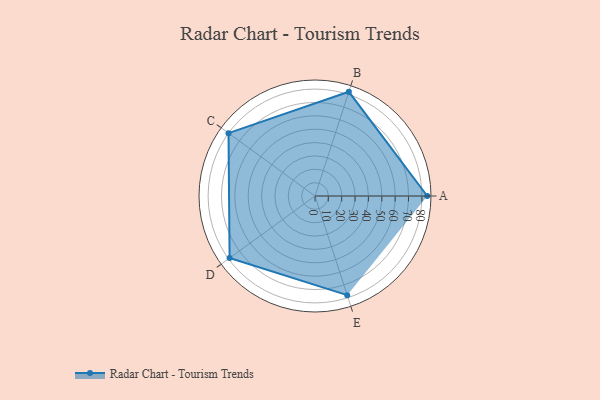
{"axis": {"x": "Skill", "y": "Score"}, "legend": ["Profile"], "data": [{"x": "A", "y": 84.0, "type": "Profile"}, {"x": "B", "y": 82.0, "type": "Profile"}, {"x": "C", "y": 80.0, "type": "Profile"}, {"x": "D", "y": 79.0, "type": "Profile"}, {"x": "E", "y": 78.0, "type": "Profile"}]}